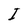
Character: I